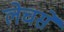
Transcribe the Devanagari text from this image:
लेचसे